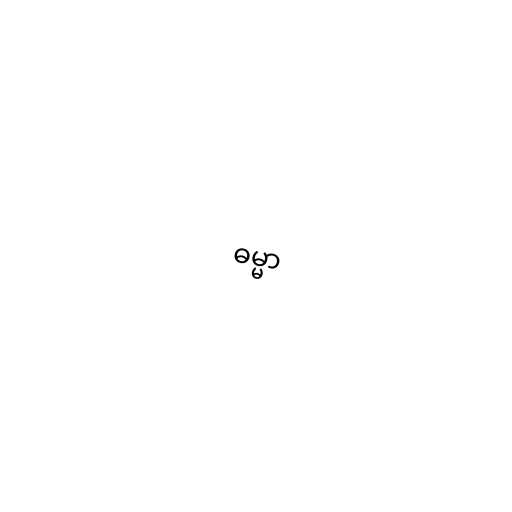
ဓမ္မာ